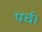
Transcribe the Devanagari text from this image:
पर्च।